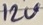
Text: 12V